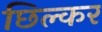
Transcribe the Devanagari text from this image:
छिल्कर